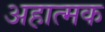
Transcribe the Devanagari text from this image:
अहात्मक